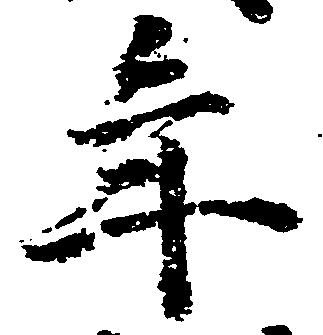
年